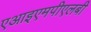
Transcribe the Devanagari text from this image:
एआइएमपीएलबी